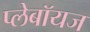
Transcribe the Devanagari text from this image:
प्लेबॉयज